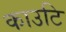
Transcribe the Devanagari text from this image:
काउटि